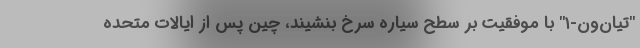
"تیان‌ون-۱" با موفقیت بر سطح سیاره سرخ بنشیند، چین پس از ایالات متحده